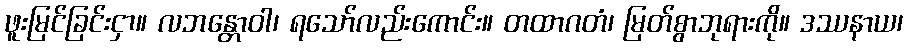
ဖူးမြင်ခြင်းငှာ။ လဘန္တောဝါ၊ ရသော်လည်းကောင်း။ တထာဂတံ၊ မြတ်စွာဘုရားကို။ ဒဿနာယ၊